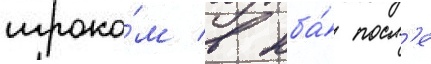
игроко́м в нба́ посл'е